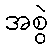
အစွဲ